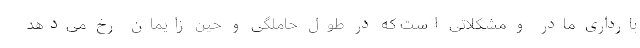
بارداری مادر و مشکلاتی است که در طول حاملگی و حین زایمان رخ می‌دهد